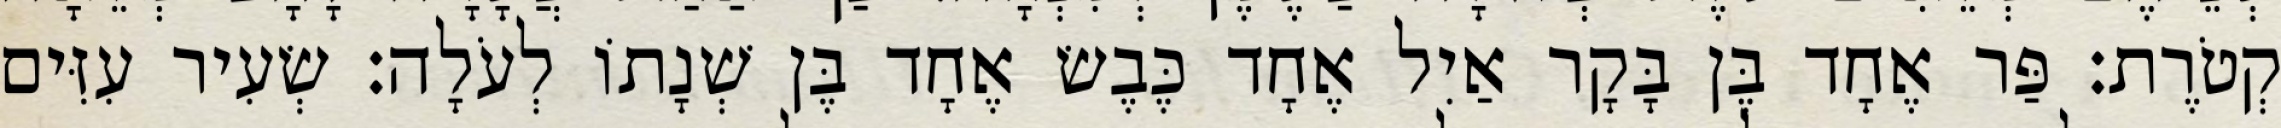
קְטֹרֶת׃ פַּר אֶחָד בֶּן בָּקָר אַיִל אֶחָד כֶּבֶשׂ אֶחָד בֶּן שְׁנָתוֹ לְעֹלָה׃ שְׂעִיר עִזִּים